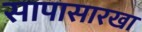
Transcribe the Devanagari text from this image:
सापासारखा